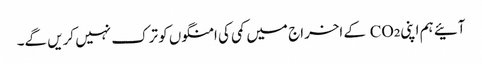
آئیے ہم اپنی CO₂ کے اخراج میں کمی کی امنگوں کو ترک نہیں کریں گے۔